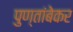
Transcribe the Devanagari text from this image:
पुण्तांबेकर